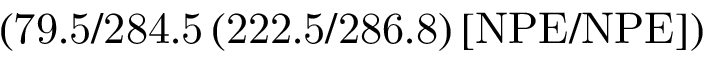
\mathrm { ( 7 9 . 5 / 2 8 4 . 5 \, ( 2 2 2 . 5 / 2 8 6 . 8 ) \, [ N P E / N P E ] ) }